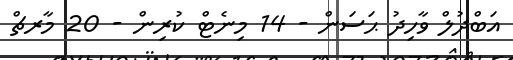
އަބްދުލް ވާހިދު ޙަސަން - 14 މިނެޓް ކުރިން - 20 މާރޗް